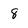
Character: 8